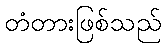
တံတားဖြစ်သည်